Report on vaccination in the Province of Bengal - 1869-1873
Year: 1869
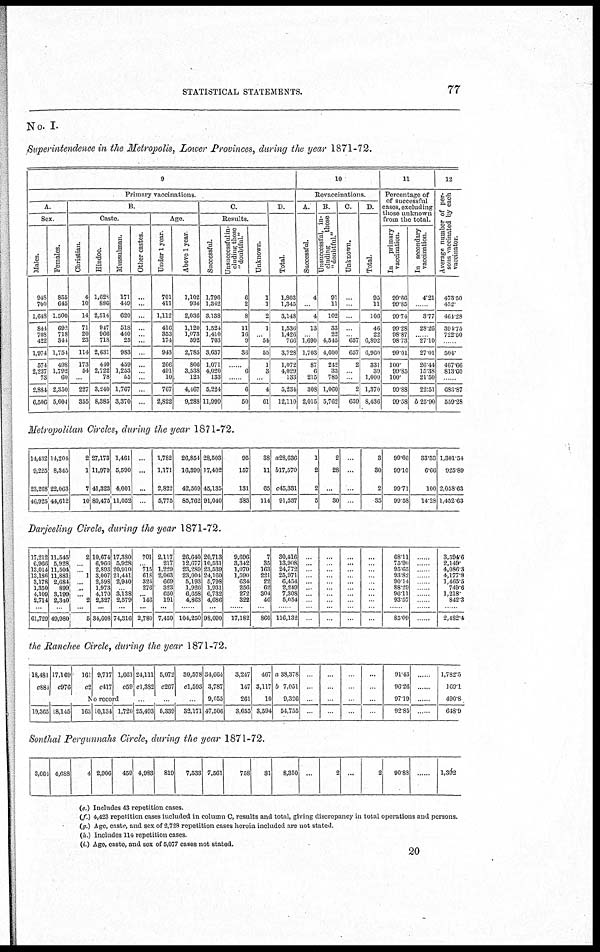
STATISTICAL STATEMENTS.
77
No. I.
Superintendence in the Metropolis, Lower Provinces, during the year 1871-72.
9
Primary vaccinations.
A.
Sex.
Males.
948
700
1,648
844
708
422
1,974
574
2,237
73
2,884
6,506
Females.
855
645
1,500
692
718
344
1,751
498
1,792
60
2,350
5,604
B.
Caste.
Christian.
4
10
14
71
20
23
114
173
54
...
227
355
Hindoo.
1,628
886
2,514
947
966
718
2,631
440
2,722
78
3,240
8,385
Mussulman.
171
449
620
518
440
25
983
459
1,253
55
1,767
3,370
Other castes.
...
...
...
...
...
...
...
...
...
..
...
...
Age.
Under 1 year.
701
411
1,112
416
353
174
943
266
491
10
767
2,822
Above 1 year
1,102
934
2,036
1,120
1,073
592
2,785
806
3,538
123
4,467
9,288
C.
Results.
Successful.
1,796
1,342
3,138
1,524
1,410
703
3,637
1,071
4,020
133
5,224
11,999
Unsuccessful in-
cluding those
"doubtful."
6
2
8
11
16
9
36
......
6
......
6
50
Unknown.
1
1
2
1
... 54
55
1
3
...
4
61
D.
Total.
1,803
1,345
3,148
1,536
1,426
766
3,728
1,072
4,029
133
5,234
12,110
10
Revaccinations.
A.
Successful.
4
...
4
13
... 1,690
1,703
87
6
215
308
2,015
B.
Unsuccessful, in-
cluding
those
"doubtful."
91
11
102
33
22
4,545
4,600
242
33
785
1,060
5,762
C.
Unknown.
...
...
...
...
... 657
657
2
...
...
2
659
D.
Total.
95
11
106
46
22
6,892
6,960
331
39
1,000
1,370
8,436
11
Percentage of
of successful
cases, excluding
those unknown
from the total.
In
primary
vaccination.
99.66
99.85
99.74
99.28
98.87
98.73
99.01
100
99.85
100
99.88
99.58
In secondary
vaccination.
4.21
......
3.77
28.26
...... 27.10
27.01
26.44
15.38
21.50
22.51
b 25.90
12
Average number of per-
sons vaccinated by each
vaccinator.
473.50
452.
464.28
394.75
722.50
......
504.
467.66
813.60
......
683.87
559.28
Metropolitan Circles, during the year 1871-72.
14,432
9,225
23,268
46,925
14,204
8,345
22,063
44,612
2
1
7
10
27,173
11,979
41,323
80,475
1,461
5,590
4,001
11,052
...
...
...
...
1,782
1,171
2,822
5,775
26,854
16,399
42,509
85,762
28,503
17,402
45,135
91,040
95
157
131
383
38
11
65
114
a28,636
b17,570
c45,331
91,537
1
2
2
5
2
28
...
30
...
...
...
...
3
30
2
35
99.66
99.10
99.71
99.58
33.33
6.66
100
14.28
1,301.54
925.89
2,058.63
1,452.63
Darjeeling Circle, during the year 1871-72.
17,212
6,966
13,014
13,186
3,178
1,350
4,109
2,714
...
61,729
11,545
5,928
11,504
11,881
2,684
899
3,199
2,340
...
49,980
2
...
...
1
...
... ...
2
...
5
10,674
6,966
2,893
3,007
2,598
1,973
4,170
2,327
...
34,608
17,380
5,928
20,910
21,441
2,940
... 3,138
2,579
...
74,316
701
. 715
618
324
276
... 146
...
2,780
2,117
217
1,229
2,063
669
323
650
191
...
7,459
26,640
12,677
23,289
23,004
5,193
1,926
6,658
4,863
......
104,250
20,713
10,531
23,539
24,160
5,798
1,931
6,732
4,686
...
98,090
9,696
3,342
1,070
1,590
634
256
272
322
......
17,182
7
35
163
221
22
62
304
46
...
860
30,416
13,908
24,772
25,971
6,454
2,249
7,308
5,054
......
116,132
...
... ...
...
... ...
...
...
...
...
...
...
...
...
...
...
...
...
...
...
...
...
... ...
...
...
...
...
...
...
...
...
...
...
...
...
... ...
...
...
68.11
75.90
95.65
93.82
90.14
88.29
96.11
93.57
......
85.09
......
......
......
......
......
......
......
......
......
......
3,594.6
2,149
4,086.3
4,177.8
1,465.5
749.6
1,218
842.3
......
2,482.4
the Ranchee Circle, during the year 1871-72.
18,481
c884
17,169
c976
161
c2
9,717
c417
1,661
c59
24,111
c1,382
5,072
c267
30,578
cl,593
No record.
19,365 18,145
163 10,134 1,720 25,493 5,339 32,171
34,664
3,787
9,055
47,506
3,247
147
261
3,655
467
3,117
10
3,594
a 38,378
b 7,051
9,326
54,755
...
...
...
...
...
...
...
...
...
...
...
...
...
...
...
...
91.48
96.26
97.19
92.85
......
......
......
......
1,782.5
169.1
490.8
648.9
Sonthal Pergunnahs Circle, during the year 1871-72.
3,661 4,688
4 2,906
459 4,983 819
7,533 7,561
758
31
8,350
...
2 ...
2
90.88
......
1,392
(e.) Includes 43 repetition cases.
(f ) 4,423 repetition cases included in column C, results and total, giving discrepancy in total operations and persons.
(g.) Age, caste, and sex of 2,728 repetition cases herein included are not stated.
(h.) Includes 114 repetition cases.
(i.) Age, caste, and sex of 5,077 cases not stated.
20